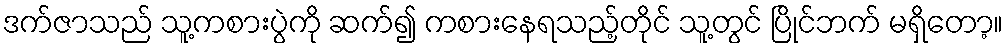
ဒက်ဇာသည် သူ့ကစားပွဲကို ဆက်၍ ကစားနေရသည့်တိုင် သူ့တွင် ပြိုင်ဘက် မရှိတော့။